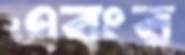
এবংর